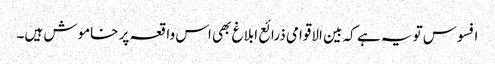
افسوس تو یہ ہے کہ بین الاقوامی ذرائع ابلاغ بھی اس واقعہ پر خاموش ہیں۔